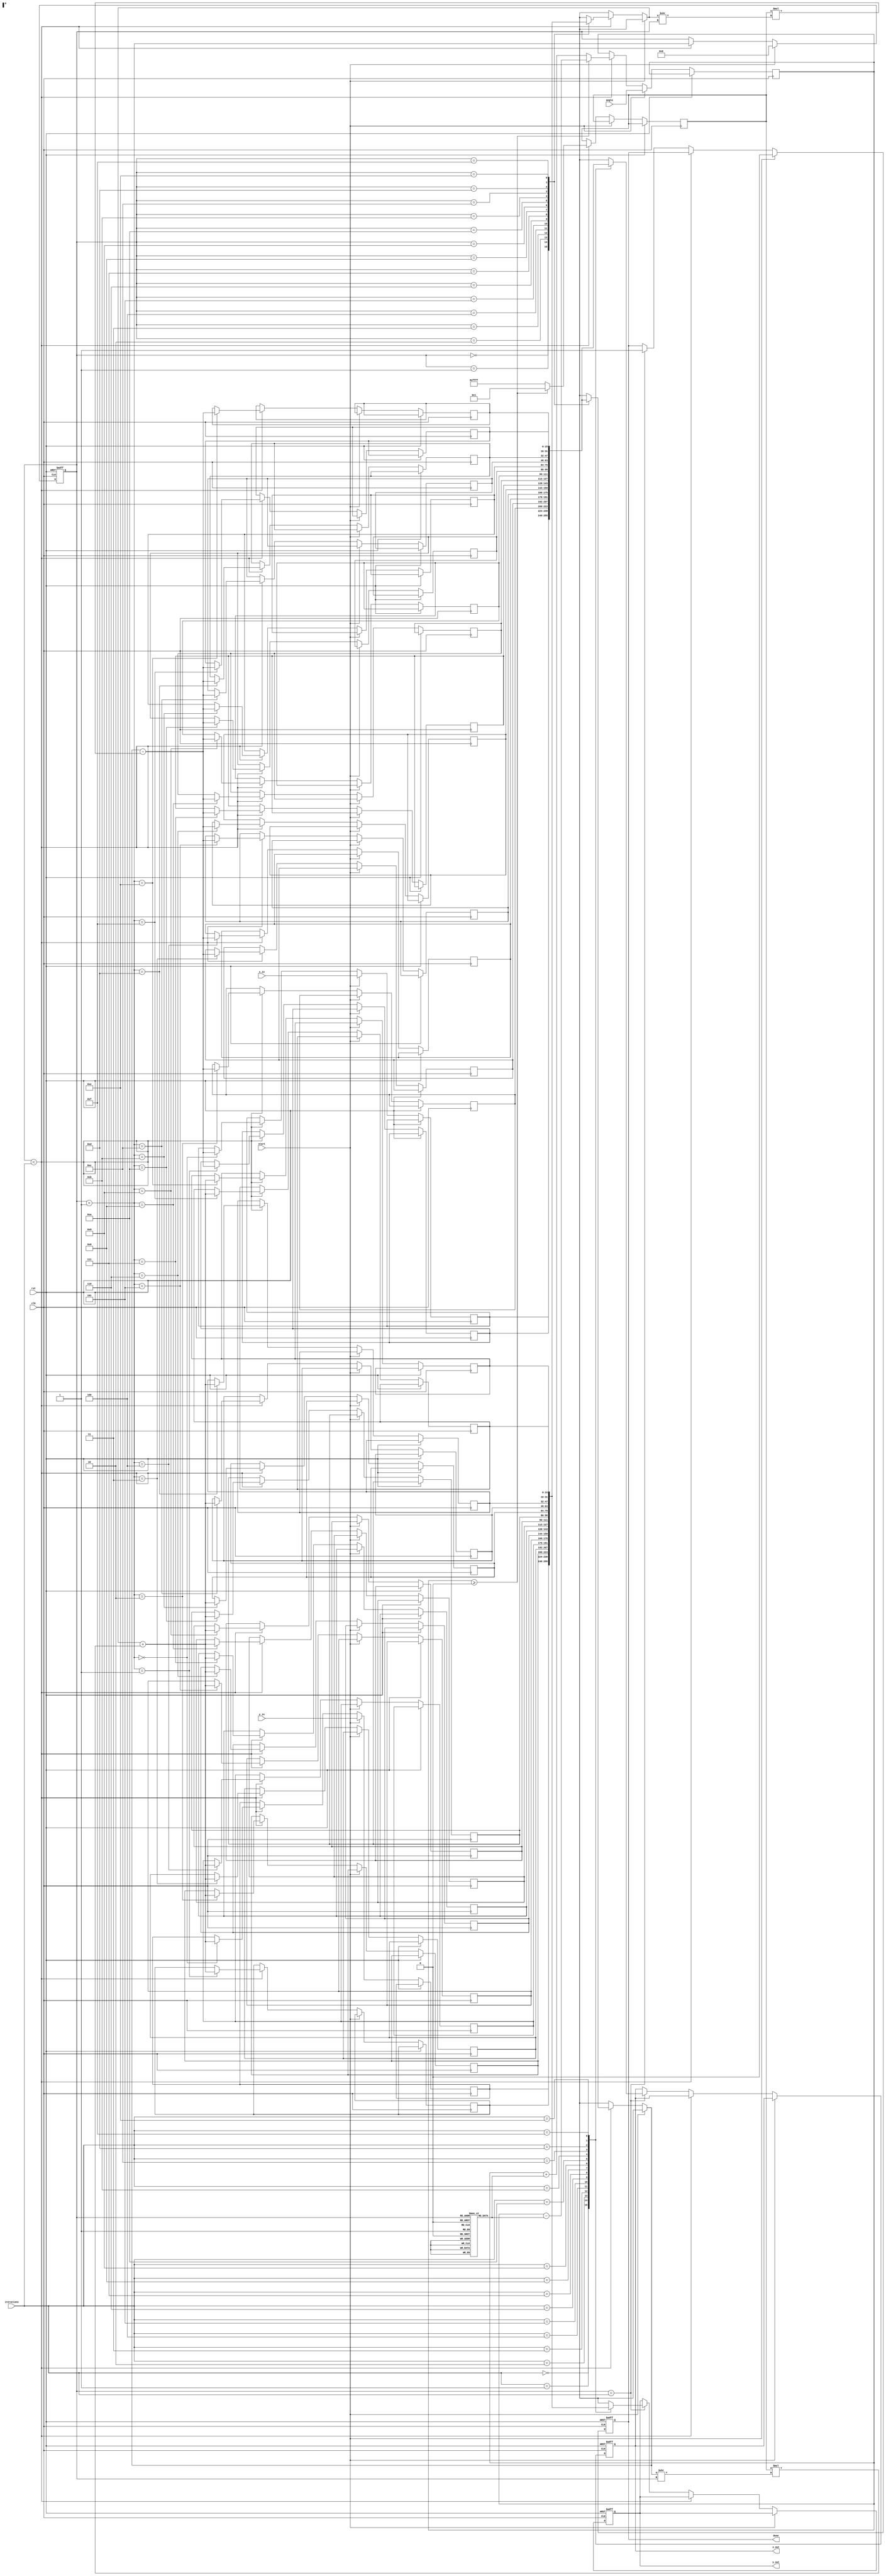
module cordic (
    input wire clk,
    input wire rst,
    input wire start,
    input wire [15:0] angle, // Fixed-point angle input (in radians)
    input wire [15:0] x_in,  // Fixed-point x input
    input wire [15:0] y_in,  // Fixed-point y input
    input wire [3:0] iterations, // Number of iterations for precision control
    output reg [15:0] x_out, // Final x output (cosine)
    output reg [15:0] y_out, // Final y output (sine)
    output reg done // Completion signal
);

    // CORDIC parameters
    reg [15:0] x [0:15]; // x values for each iteration
    reg [15:0] y [0:15]; // y values for each iteration
    reg [15:0] angle_table [0:15]; // Lookup table for arctangent values
    reg [3:0] i; // Iteration counter
    reg [15:0] d; // Direction of rotation
    reg [15:0] angle_temp; // Temporary angle for processing

    // Initialize the angle lookup table (in fixed-point)
    initial begin
        angle_table[0] = 16'h0000; // atan(2^0) = 0
        angle_table[1] = 16'h1C71; // atan(2^-1) = 0.7854
        angle_table[2] = 16'h1A62; // atan(2^-2) = 0.4636
        angle_table[3] = 16'h0F12; // atan(2^-3) = 0.2449
        angle_table[4] = 16'h0C90; // atan(2^-4) = 0.1244
        angle_table[5] = 16'h0A3D; // atan(2^-5) = 0.0624
        angle_table[6] = 16'h0519; // atan(2^-6) = 0.0312
        angle_table[7] = 16'h028B; // atan(2^-7) = 0.0156
        angle_table[8] = 16'h0145; // atan(2^-8) = 0.0078
        angle_table[9] = 16'h00A2; // atan(2^-9) = 0.0039
        angle_table[10] = 16'h0051; // atan(2^-10) = 0.00195
        angle_table[11] = 16'h0028; // atan(2^-11) = 0.00098
        angle_table[12] = 16'h0014; // atan(2^-12) = 0.00049
        angle_table[13] = 16'h000A; // atan(2^-13) = 0.00024
        angle_table[14] = 16'h0005; // atan(2^-14) = 0.00012
        angle_table[15] = 16'h0002; // atan(2^-15) = 0.00006
    end

    // State machine for CORDIC operation
    always @(posedge clk or posedge rst) begin
        if (rst) begin
            x_out <= 16'h0000;
            y_out <= 16'h0000;
            done <= 1'b0;
            i <= 0;
        end else if (start) begin
            // Initialize x and y
            x[0] <= x_in;
            y[0] <= y_in;
            angle_temp <= angle;
            i <= 0;
            done <= 1'b0;
        end else if (i < iterations) begin
            // Determine direction of rotation
            if (angle_temp >= 0) begin
                d <= 1; // Counterclockwise
                angle_temp <= angle_temp - angle_table[i];
            end else begin
                d <= -1; // Clockwise
                angle_temp <= angle_temp + angle_table[i];
            end

            // Perform CORDIC rotation
            x[i + 1] <= x[i] - (d * (y[i] >> i));
            y[i + 1] <= y[i] + (d * (x[i] >> i));

            // Increment iteration counter
            i <= i + 1;
        end else if (i == iterations) begin
            // Output final results
            x_out <= x[iterations];
            y_out <= y[iterations];
            done <= 1'b1;
        end
    end

endmodule